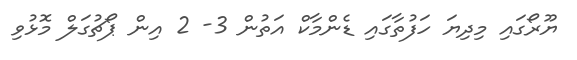
ޔޫރޯގައި މިދިޔަ ހަފުތާގައި ޑެންމާކް އަތުން 3- 2 އިން ޕޯޗުގަލް މޮޅުވި